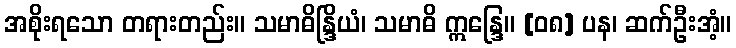
အစိုးရသော တရားတည်း။ သမာဓိန္ဒြိယံ၊ သမာဓိ ဣန္ဒြေ။ [၀၈] ပန၊ ဆက်ဦးအံ့။